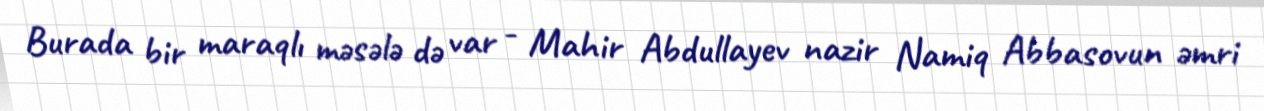
Burada bir maraqlı məsələ də var - Mahir Abdullayev nazir Namiq Abbasovun əmri